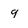
Character: 9